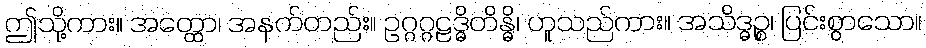
ဤသို့ကား။ အတ္ထော၊ အနက်တည်း။ ဥဂ္ဂဂ္ဂဠဒ္ဓိတိန္ဓိ၊ ဟူသည်ကား။ အသိဒ္ဓဉ္စ၊ ပြင်းစွာသော။